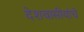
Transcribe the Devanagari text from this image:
देशवासीयांचे